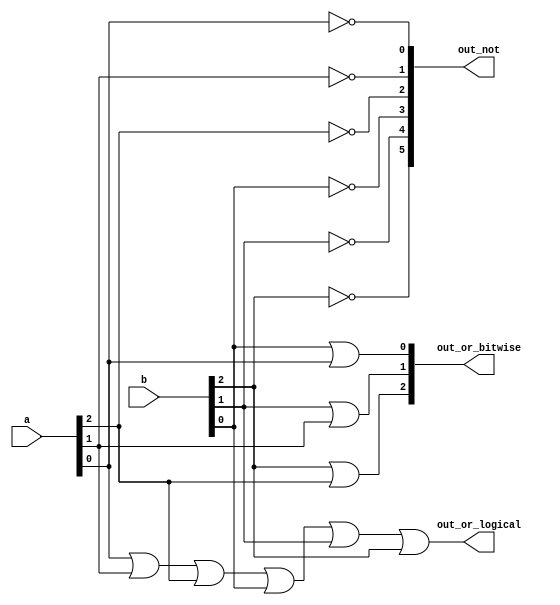
// Build a circuit that has two 3-bit inputs that computes the bitwise-OR of the two vectors, the logical-OR of the two vectors, and the inverse (NOT) of both vectors. Place the inverse of b in the upper half of out_not (i.e., bits [5:3]), and the inverse of a in the lower half. 
module top_module( 
    input [2:0] a,
    input [2:0] b,
    output [2:0] out_or_bitwise,
    output out_or_logical,
    output [5:0] out_not
);
    assign out_or_bitwise[0] = b[0] | a[0];
    assign out_or_bitwise[1] = b[1] | a[1];
    assign out_or_bitwise[2] = b[2] | a[2];
    assign out_not[5] = ~b[2];
    assign out_not[4] = ~b[1];
    assign out_not[3] = ~b[0];
    assign out_not[2] = ~a[2];
    assign out_not[1] = ~a[1];
    assign out_not[0] = ~a[0];
    // in verilog we can use vec1 | vec2 convey the bitwise-or.
    // this shows we can operator two number bitwise in C.
    assign out_or_logical = a[0]|a[1]|a[2]|b[0]|b[1]|b[2];
    // there we should know logical-or can return one bit. so use `a || b` easier.
endmodule

// office sol
/*

	input [2:0] a, 
	input [2:0] b, 
	output [2:0] out_or_bitwise,
	output out_or_logical,
	output [5:0] out_not
);
	
	assign out_or_bitwise = a | b;
	assign out_or_logical = a || b;

	assign out_not[2:0] = ~a;	// Part-select on left side is o.
	assign out_not[5:3] = ~b;	//Assigning to [5:3] does not conflict with [2:0]
	
endmodule
*/